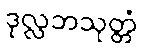
ဒုလ္လဘသုတ္တံ